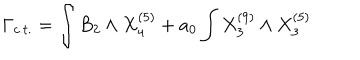
LaTeX: \Gamma _ { c . t . } = \int B _ { 2 } \wedge X _ { 4 } ^ { ( 5 ) } + a _ { 0 } \int X _ { 3 } ^ { ( 9 ) } \wedge X _ { 3 } ^ { ( 5 ) }